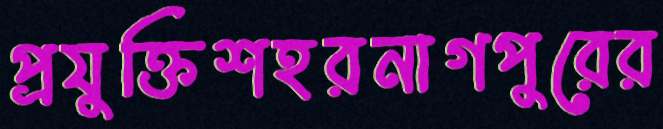
প্রযুক্তিশহরনাগপুরের